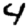
Digit: 4